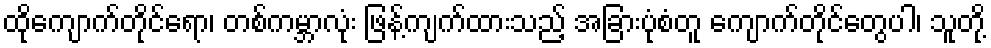
ထိုကျောက်တိုင်ရော၊ တစ်ကမ္ဘာလုံး ဖြန့်ကျက်ထားသည့် အခြားပုံစံတူ ကျောက်တိုင်တွေပါ၊ သူတို့